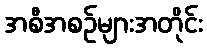
အစီအစဉ်များအတိုင်း